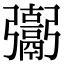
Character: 𩱒